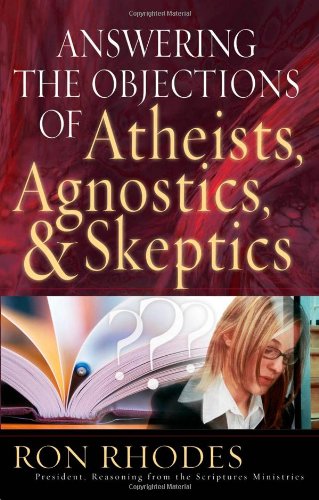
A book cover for Answering the Objections of Atheists, Agnostics, and Skeptics; Ron Rhodes; Religion & Spirituality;